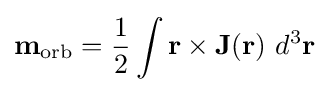
\mathbf {m} _{\rm {orb}}={\frac {1}{2}}\int \mathbf {r} \times \mathbf {J} (\mathbf {r} )\ d^{3}\mathbf {r}